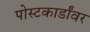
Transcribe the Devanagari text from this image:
पोस्टकार्डांवर